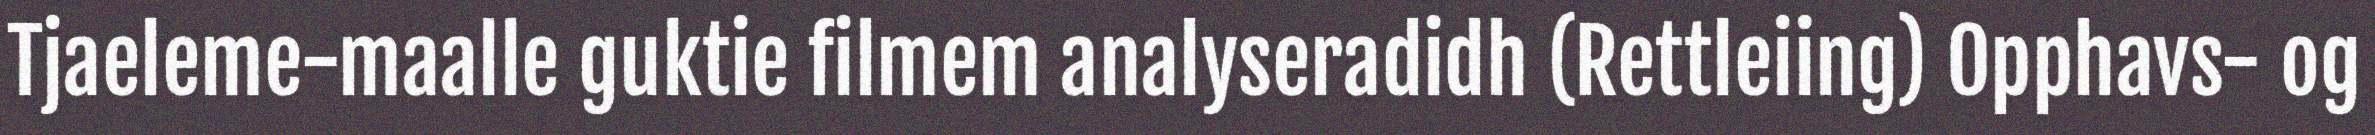
Tjaeleme-maalle guktie filmem analyseradidh (Rettleiing) Opphavs- og